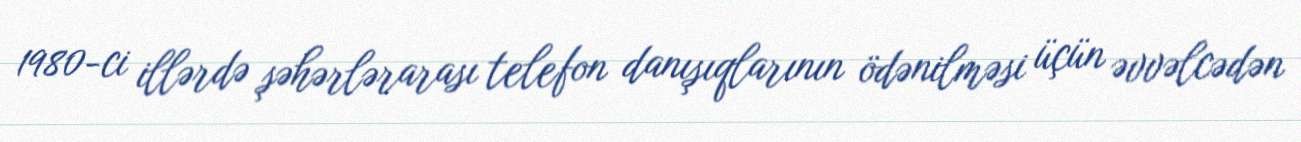
1980-ci illərdə şəhərlərarası telefon danışıqlarının ödənilməsi üçün əvvəlcədən